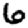
Digit: 6